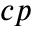
c p